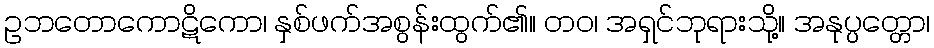
ဥဘတောကောဋိကော၊ နှစ်ဖက်အစွန်းထွက်၏။ တဝ၊ အရှင်ဘုရားသို့။ အနုပ္ပတ္တော၊